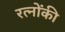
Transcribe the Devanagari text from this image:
रत्नोंकी